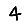
Digit: 4